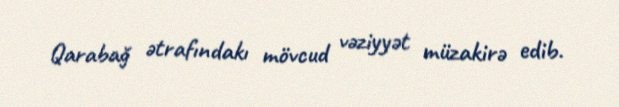
Qarabağ ətrafındakı mövcud vəziyyət müzakirə edib.